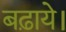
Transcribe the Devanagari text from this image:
बढ़ाये।